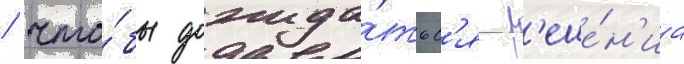
/ что́бы дожида́тьс'я р'еше́н'иа